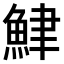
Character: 𫙟